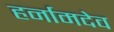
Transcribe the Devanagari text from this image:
हर्नामदेव